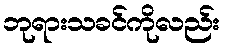
ဘုရားသခင်ကိုလည်း